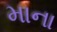
માના